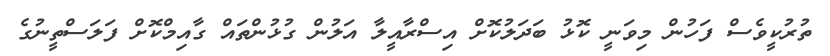
ތުރުކީވެސް ފަހުން މިވަނީ ކޮޅު ބަދަލުކޮށް އިސްރާއީލާ އަލުން ގުޅުންތައް ގާއިމްކޮށް ފަލަސްތީނުގެ